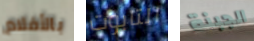
بالأفلام التابوت الجبنة